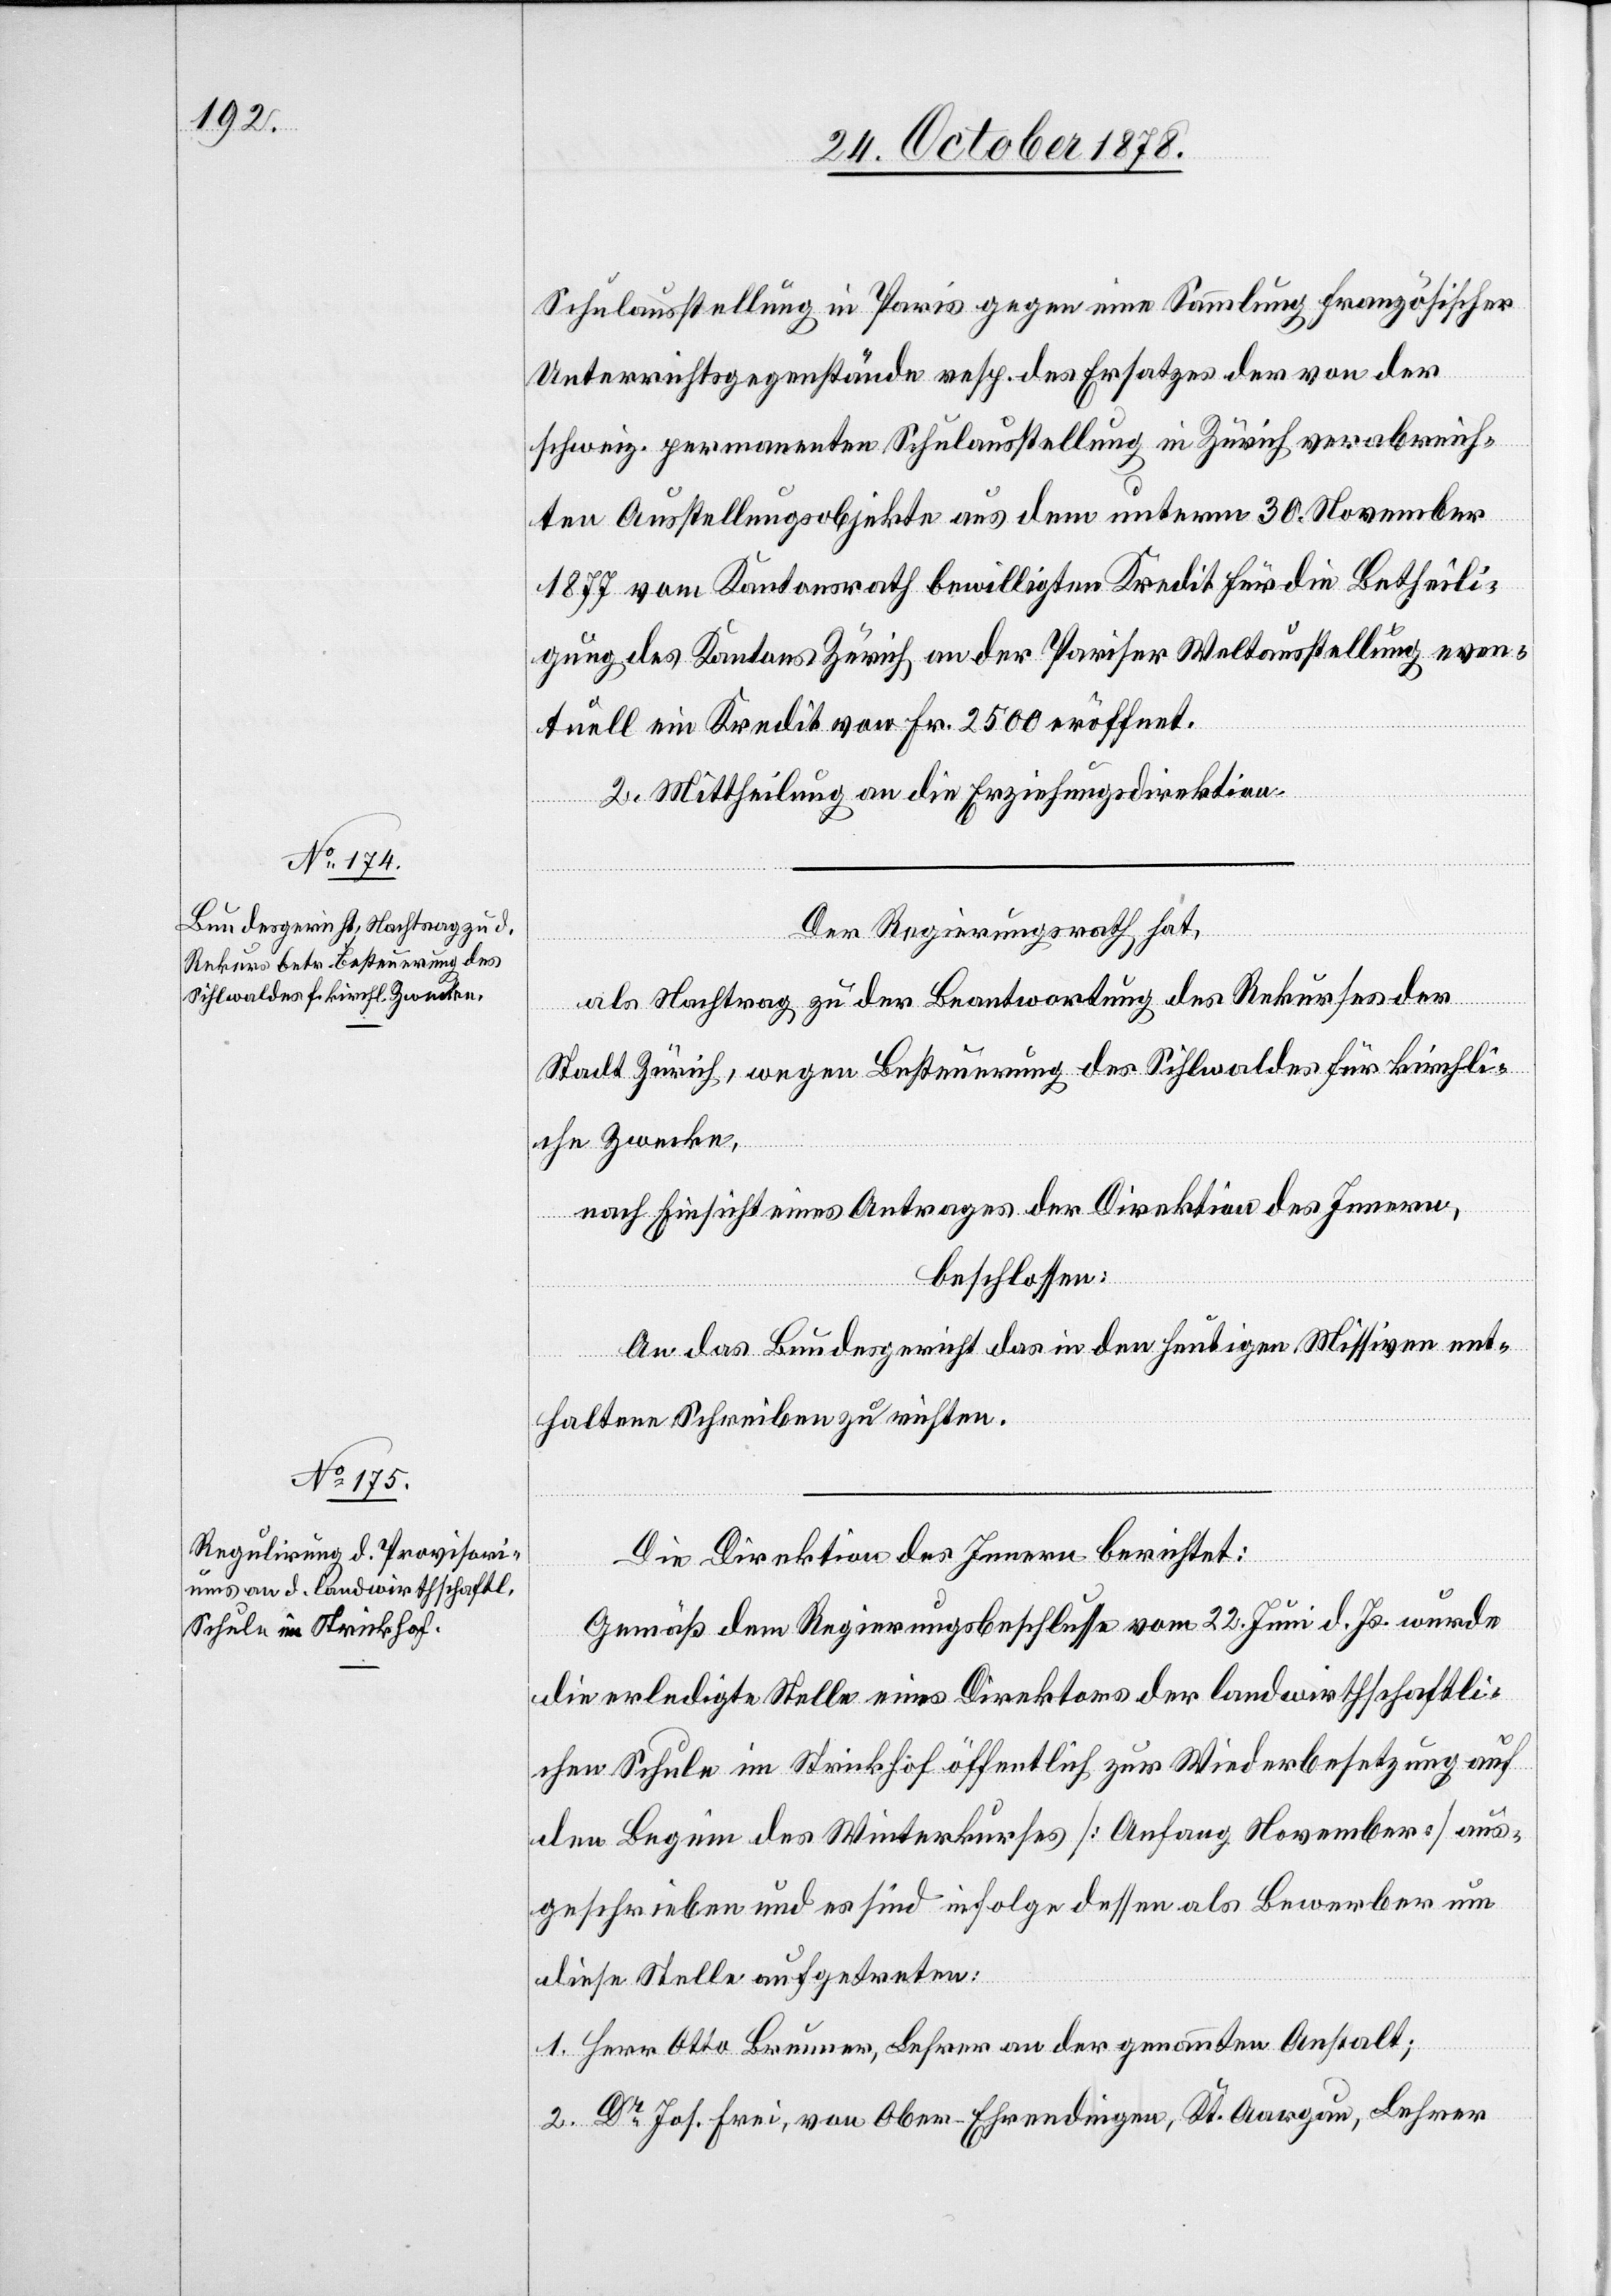
Schulausstellung in Paris gegen eine Sammlung französischer
Unterrichtsgegenstände resp. des Ersatzes der von der
schweiz. permanenten Schulausstellung in Zürich verabreich¬
ten Ausstellungsobjekte aus dem unterm 30. November
1877 vom Kantonsrath bewilligten Kredit für die Betheili¬
gung des Kantons Zürich an der Pariser Weltausstellung even¬
tuell ein Kredit von Fr. 2500 eröffnet.
2. Mittheilung an die Erziehungsdirektion.
Der Regierungsrath hat,
als Nachtrag zu der Beantwortung des Rekurses der
Stadt Zürich, wegen Besteuerung des Sihlwaldes für kirchli¬
che Zwecke,
nach Einsicht eines Antrages der Direktion des Innern,
beschlossen:
An das Bundesgericht das in den heutigen Missiven ent¬
haltene Schreiben zu richten.
Die Direktion des Innern berichtet:
Gemäß dem Regierungsbeschlusse vom 22. Juni d. Js. wurde
die erledigte Stelle eines Direktors der landwirthschaftli¬
chen Schule im Strickhof öffentlich zur Wiederbesetzung auf
den Beginn des Winterkurses [Anfang November] aus¬
geschrieben und es sind infolge dessen als Bewerber um
diese Stelle aufgetreten:
1. Herr Otto Brunner, Lehrer an der genannten Anstalt;
2. Dr Jos. Frei, von Ober-Ehrendingen, Kt. Aargau, Lehrer